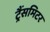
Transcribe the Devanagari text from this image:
ट्रैंसमिटर